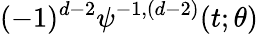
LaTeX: (-1)^{d-2}\psi^{-1,(d-2)}(t;\theta)